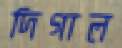
দিগাল